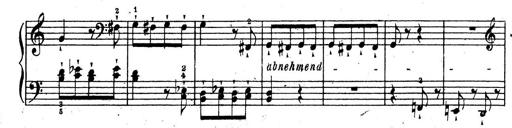
Title: 10 Sonatinas
Composer: Fritz Spindler